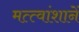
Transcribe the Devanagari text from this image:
मत्त्वांशानें